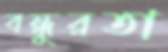
বন্ধুরতা